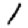
Digit: 1